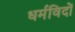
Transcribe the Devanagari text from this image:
धर्मविदों